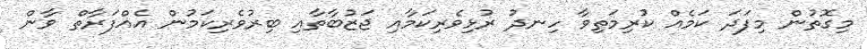
މިގޮތުން މިފަދަ ކަމެއް ކުރިމަތިވާ ހިނދު ރުޅިވެރިކަމާއި ޖަޒުބާތާއި ބިރުވެރިކަމުން އެއްފަރާތް ވާން